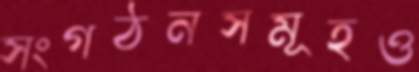
সংগঠনসমূহও